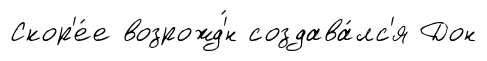
Скор'е́е возрожд'́н создава́лс'я Дон